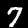
Label: 7